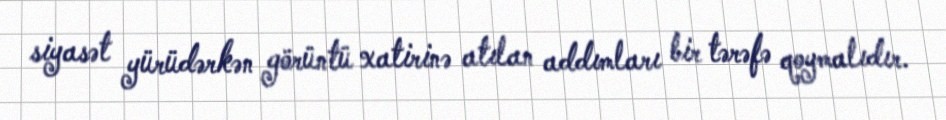
siyasət yürüdərkən görüntü xatirinə atılan addımları bir tərəfə qoymalıdır.